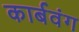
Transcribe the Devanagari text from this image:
कार्बवंग